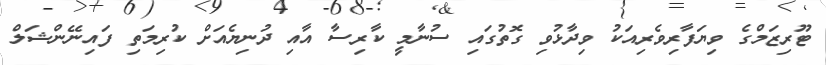
ޓޫރިޒަމްގެ ވިޔަފާރިވެރިއަކު ވިދާޅުވި ގޮތުގައި ސުނާމީ ކާރިސާ އާއި ދުނިޔެއަށް ކުރިމަތި ފައިނޭންޝަލް